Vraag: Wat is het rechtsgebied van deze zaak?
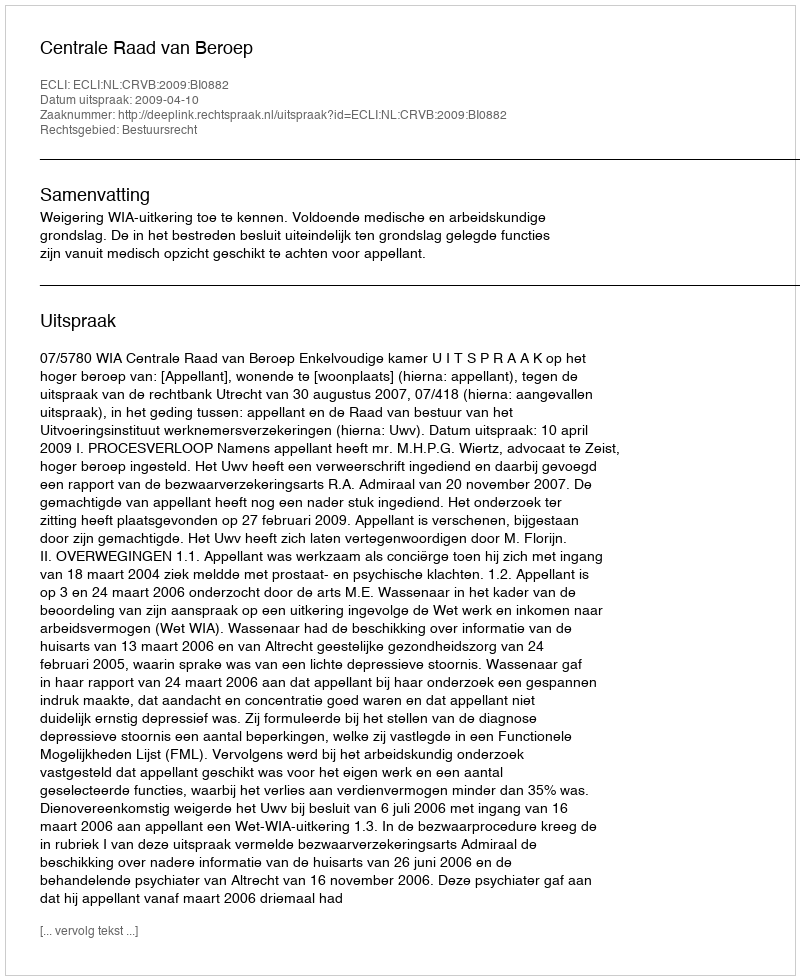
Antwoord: Bestuursrecht